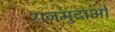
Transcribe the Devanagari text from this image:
राजमुद्राओं